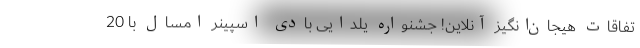
تفاقات هیجان‌انگیز آنلاین! جشنواره یلدایی بادی اسپینر امسال با 20